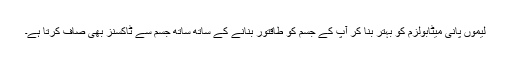
لیموں پانی میٹابولزم کو بہتر بنا کر آپ کے جسم کو طاقتور بنانے کے ساتھ ساتھ جسم سے ٹاکسنز بھی صاف کرتا ہے۔